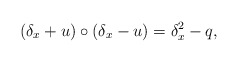
\begin{align*}(\delta_x +u)\circ (\delta_x-u)=\delta_x^2-q,\end{align*}